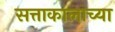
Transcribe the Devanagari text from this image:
सत्ताकालाच्या